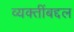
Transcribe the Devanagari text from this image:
व्यक्तींबद्दल